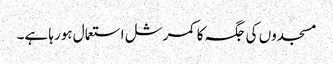
مسجدوں کی جگہ کا کمرشل استعمال ہورہا ہے۔